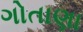
ગોતાણા